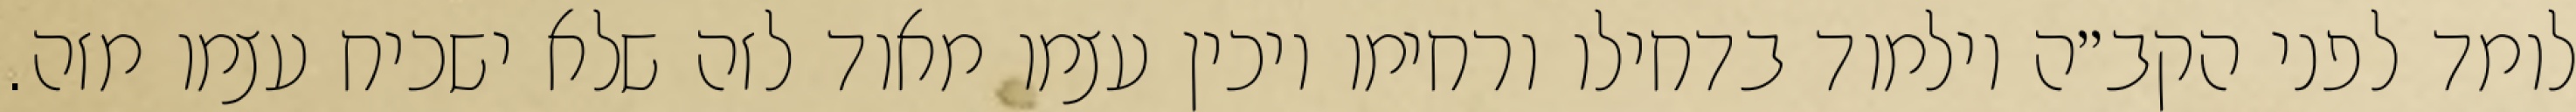
לומד לפני הקב״ה וילמוד בדחילו ורחימו ויכין עצמו מאוד לזה שלא ישכיח עצמו מזה.